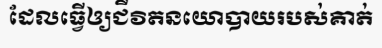
ដែលធ្វើឲ្យជីវិតនយោបាយរបស់គាត់